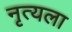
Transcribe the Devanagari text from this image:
नृत्यला